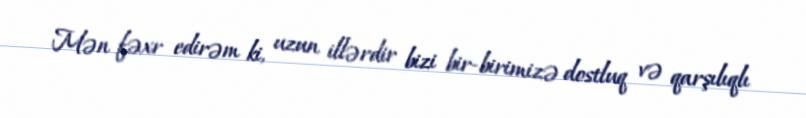
Mən fəxr edirəm ki, uzun illərdir bizi bir-birimizə dostluq və qarşılıqlı